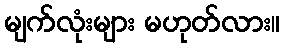
မျက်လုံးများ မဟုတ်လား။